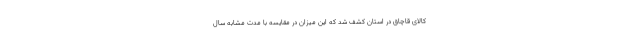
کالای قاچاق در استان کشف شد که این میزان در مقایسه با مدت مشابه سال